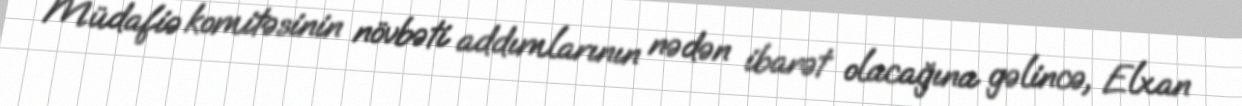
Müdafiə komitəsinin növbəti addımlarının nədən ibarət olacağına gəlincə, Elxan